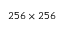
2 5 6 \times 2 5 6